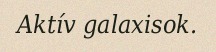
Aktív galaxisok.